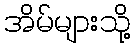
အိမ်များသို့